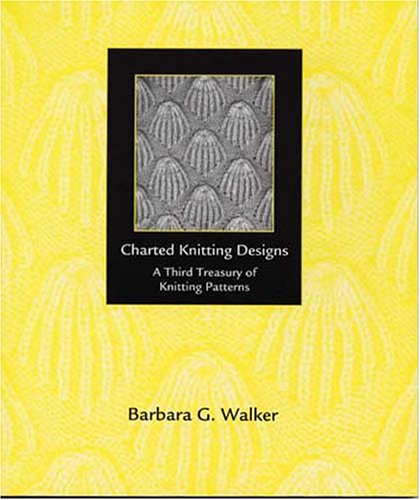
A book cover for Charted Knitting Designs: A Third Treasury of Knitting Patterns; Barbara G. Walker; Crafts, Hobbies & Home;